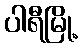
ပါရီမြို့